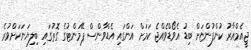
ޖީއެމްއާރު ކުންފުންޏަށް ބިޑު އެވޯޑްވެއްޖެ ކަމަށް އަންގައި އެޑްވާންސް ޕޭމަންޓުގެ ގޮތުގައި ބިލިޔަނަކަށްވުރެ